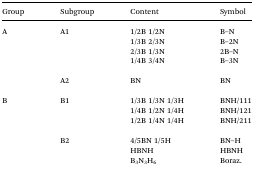
<table><thead><tr><td><b>Group</b></td><td><b>Subgroup</b></td><td><b>Content</b></td><td><b>Symbol</b></td></tr></thead><tbody><tr><td rowspan="6">A</td><td rowspan="4">A1</td><td>1/2B 1/2N</td><td>B–N</td></tr><tr><td>1/3B 2/3N</td><td>B–2N</td></tr><tr><td>2/3B 1/3N</td><td>2B–N</td></tr><tr><td>1/4B 3/4N</td><td>B–3N</td></tr><tr><td>A2</td><td>BN</td><td>BN</td></tr><tr><td rowspan="7">B</td><td rowspan="3">B1</td><td>1/3B 1/3N 1/3H</td><td>BNH/111</td></tr><tr><td>1/4B 1/2N 1/4H</td><td>BNH/121</td></tr><tr><td>1/2B 1/4N 1/4H</td><td>BNH/211</td></tr><tr><td rowspan="3">B2</td><td>4/5BN 1/5H</td><td>BN–H</td></tr><tr><td>HBNH</td><td>HBNH</td></tr><tr><td>B<sub>3</sub>N<sub>3</sub>H<sub>6</sub></td><td>Boraz.</td></tr></tbody></table>